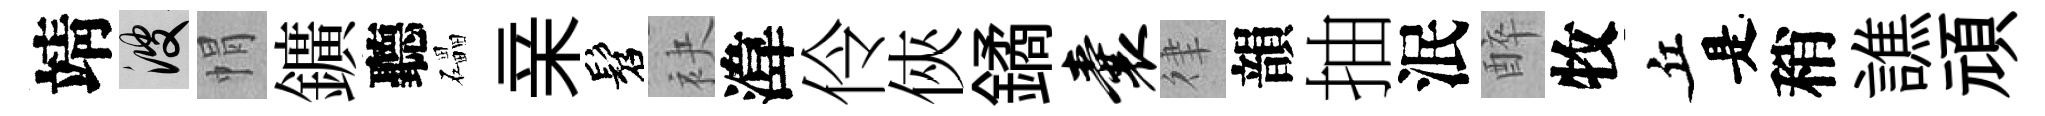
靖彼㡌鑛聽礧亲髫袂湋伶俠鐍囊律韻抽泯醉牧丘是稍譙頑